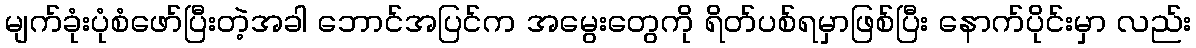
မျက်ခုံးပုံစံဖော်ပြီးတဲ့အခါ ဘောင်အပြင်က အမွေးတွေကို ရိတ်ပစ်ရမှာဖြစ်ပြီး နောက်ပိုင်းမှာ လည်း